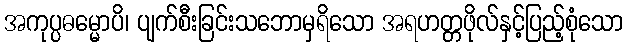
အကုပ္ပဓမ္မောပိ၊ ပျက်စီးခြင်းသဘောမှရိသော အရဟတ္တဖိုလ်နှင့်ပြည့်စုံသော